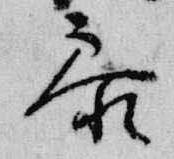
参